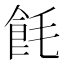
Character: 𬲎